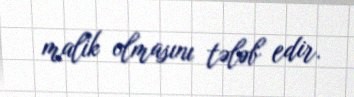
malik olmasını tələb edir.